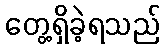
တွေ့ရှိခဲ့ရသည်